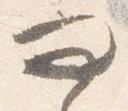
問